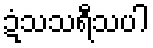
ဍံသသရီသပါ